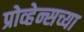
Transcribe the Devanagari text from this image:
प्रोव्हेन्सच्या